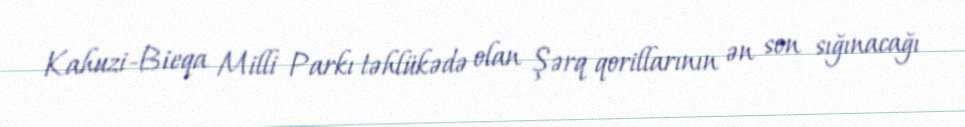
Kahuzi-Bieqa Milli Parkı təhlükədə olan Şərq qorillarının ən son sığınacağı